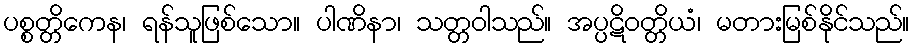
ပစ္စတ္တိကေန၊ ရန်သူဖြစ်သော။ ပါဏိနာ၊ သတ္တဝါသည်။ အပ္ပဋိဝတ္တိယံ၊ မတားမြစ်နိုင်သည်။